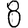
Digit: 8